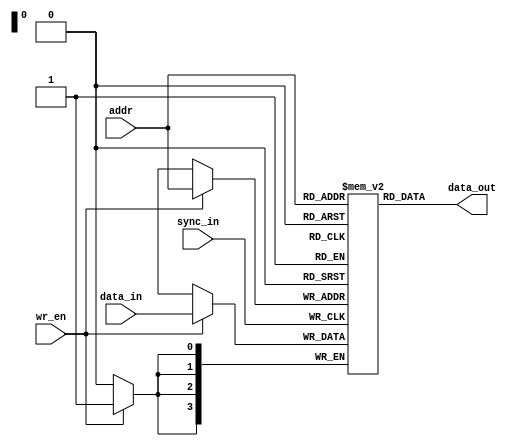
// This program was cloned from: https://github.com/FPGADude/Digital-Design
// License: GNU General Public License v3.0

`timescale 1ns / 1ps

module ram(
    input sync_in,          // 1Hz for demonstration purposes, from Nexys
    input wr_en,            // write enable from Nexys control
    input [3:0] addr,       // memory address from Nexys control
    input [3:0] data_in,    // data from Nexys rom
    output [3:0] data_out   // data to LEDs on Basys
    );
    
    reg [3:0] ram [15:0];
    
    always @(posedge sync_in)
        if(wr_en)
            ram[addr] <= data_in;
            
    assign data_out = ram[addr];
    
endmodule